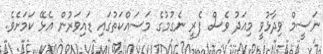
ނަސީމް ވިދާޅުވީ މިއަދު ވެސް ފެރީ ނެގުމުގެ މަސައްކަތުގައި ޑައިވަރުން އެޅޭ ކަމަށެވެ.